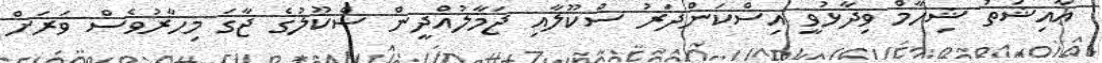
ޢާއިޝަތު ޝިހާމް ވިދާޅުވީ އިސްކަންދަރު ސްކޫލާއި ޖަމާލުއްދީން ސްކޫލުގެ ޖާގަ މިހާރުވެސް ވަރަށް